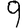
Digit: 9